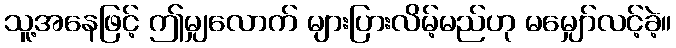
သူ့အနေဖြင့် ဤမျှလောက် များပြားလိမ့်မည်ဟု မမျှော်လင့်ခဲ့။